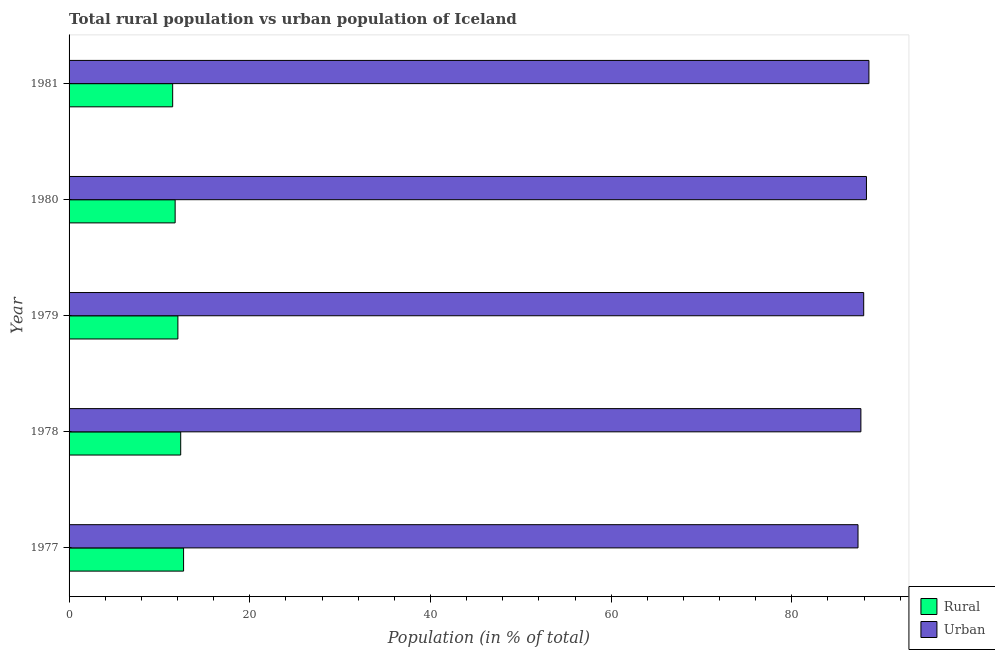
| Year | Rural | Urban |
 | --- | --- | --- |
 | 1977 | 12.7 | 87.3 |
 | 1978 | 12.4 | 87.6 |
 | 1979 | 12 | 88 |
 | 1980 | 11.7 | 88.3 |
 | 1981 | 11.5 | 88.5 |